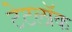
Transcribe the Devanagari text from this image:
टेटलॉक